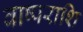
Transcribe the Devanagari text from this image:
वाष्पराशि